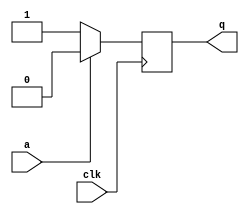
module top_module (
    input clk,
    input a,
    output q );

    always @(posedge clk) begin
        q <= (~a) ? 1:0;
    end
endmodule